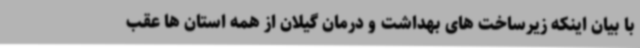
با بیان اینکه زیرساخت های بهداشت و درمان گیلان از همه استان ها عقب